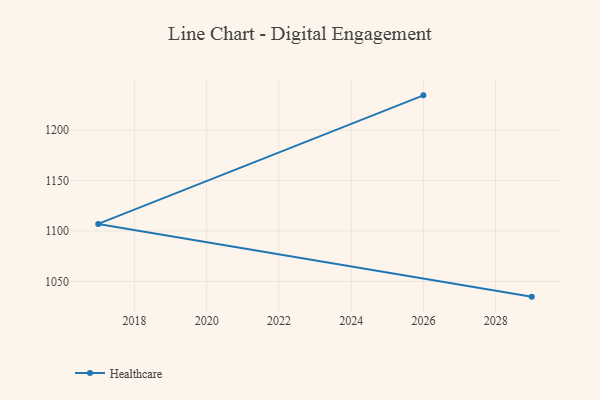
{"axis": {"x": "Year", "y": "Website Visitors"}, "legend": ["Healthcare"], "data": [{"x": "2029", "y": 1034.9, "type": "Healthcare"}, {"x": "2017", "y": 1107.0, "type": "Healthcare"}, {"x": "2026", "y": 1234.4, "type": "Healthcare"}]}